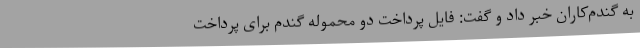
به گندم‌کاران خبر داد و گفت: فایل پرداخت دو محموله گندم برای پرداخت